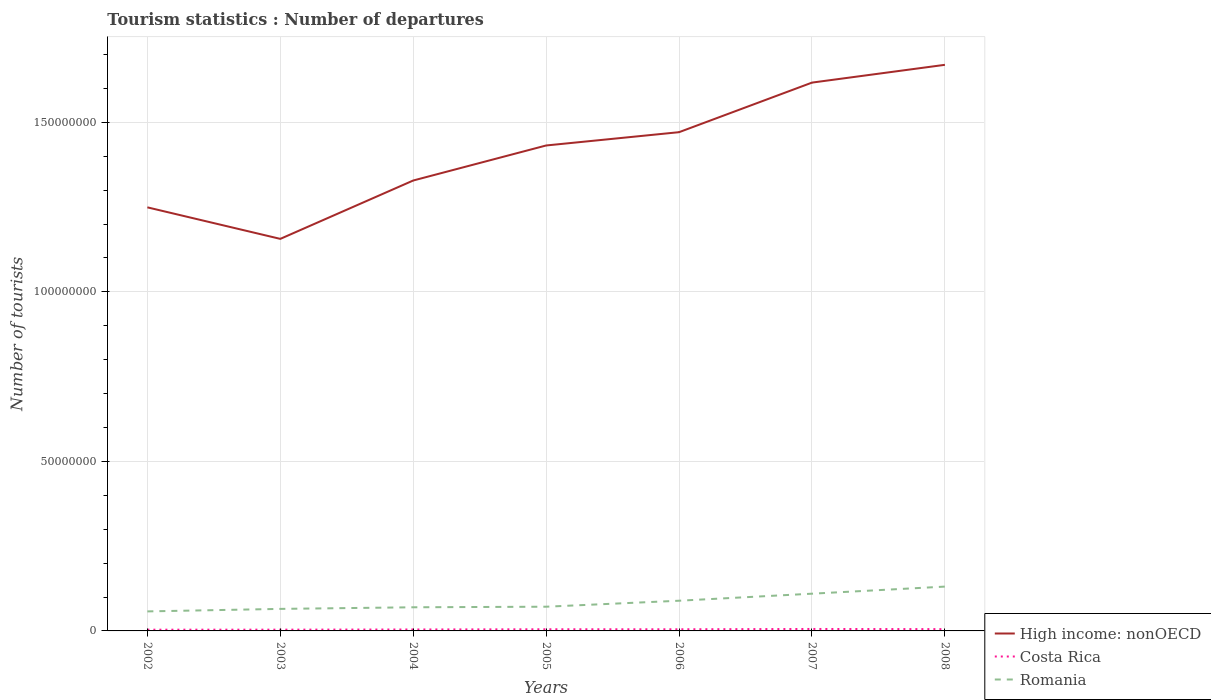
| Years | High income: nonOECD | Costa Rica | Romania |
 | --- | --- | --- | --- |
 | 2002 | 1.25e+08 | 3.64e+05 | 5.76e+06 |
 | 2003 | 1.16e+08 | 3.73e+05 | 6.5e+06 |
 | 2004 | 1.33e+08 | 4.25e+05 | 6.97e+06 |
 | 2005 | 1.43e+08 | 4.87e+05 | 7.14e+06 |
 | 2006 | 1.47e+08 | 4.85e+05 | 8.91e+06 |
 | 2007 | 1.62e+08 | 5.77e+05 | 1.1e+07 |
 | 2008 | 1.67e+08 | 5.28e+05 | 1.31e+07 |